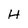
Character: H